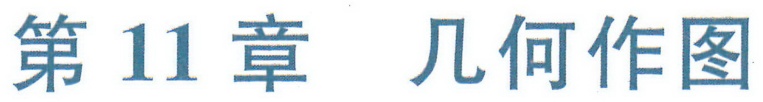
第11章 几何作图